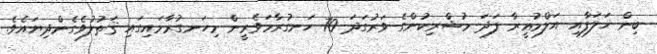
ބިން ޚަލަފާއި އަލްމުޣީރާ ފަދަ މުޝްރިކުންގެ ވަރުގަދަ 70 ހަނގުރާމަވެރީން މިހަނގުރާމައިގައި ޤަތުލުވެގެންދިޔައެވެ.